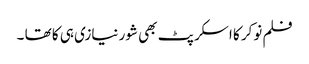
فلم نوکر کا اسکرپٹ بھی شور نیازی ہی کا تھا ۔